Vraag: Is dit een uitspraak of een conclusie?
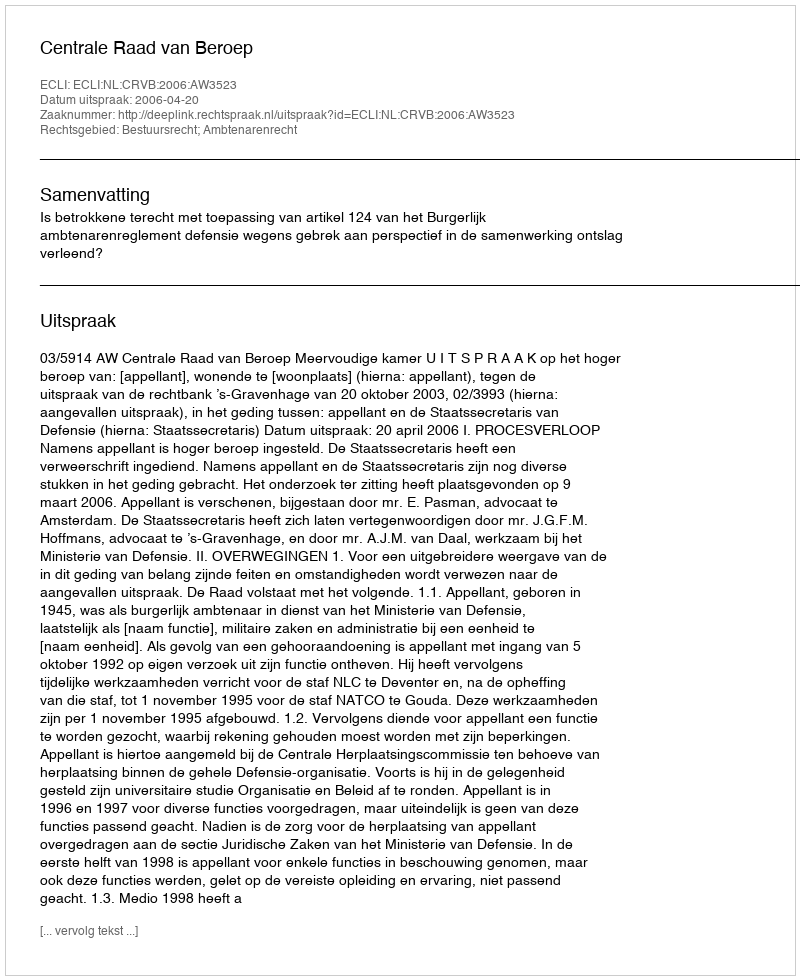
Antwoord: Uitspraak